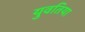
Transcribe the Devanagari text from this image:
युवतिया